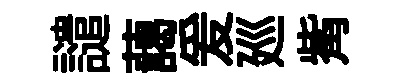
譴藹爰廵觜